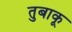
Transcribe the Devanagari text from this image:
तुबाकू